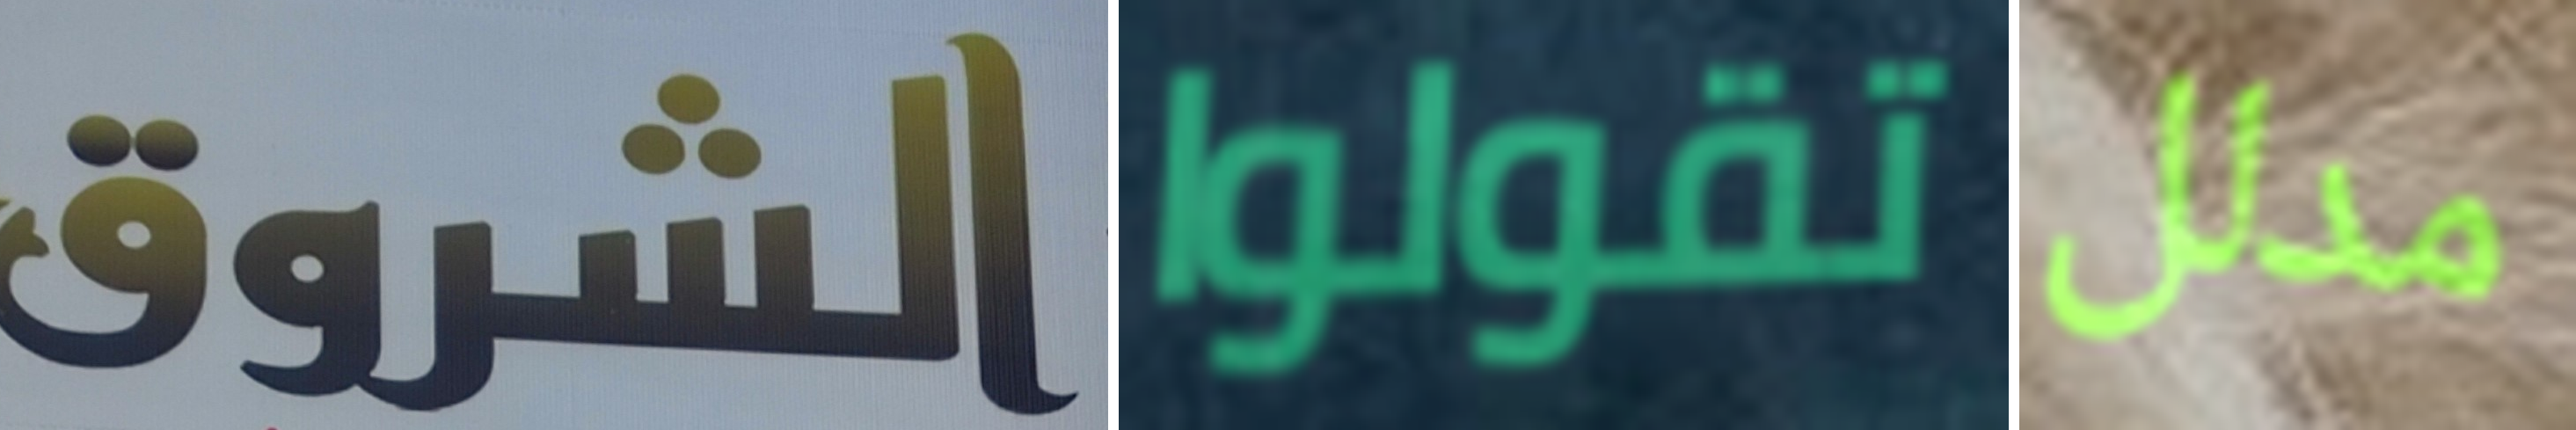
الشروق تقولوا مدلل